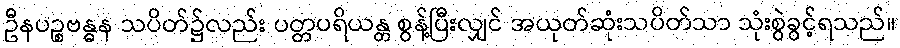
ဦနပဉ္စဗန္ဓန သပိတ်၌လည်း ပတ္တပရိယန္တ စွန့်ပြီးလျှင် အယုတ်ဆုံးသပိတ်သာ သုံးစွဲခွင့်ရသည်။